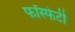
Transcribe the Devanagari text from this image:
फॉस्फेटी